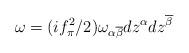
LaTeX: \begin{align*}\omega = (i f_\pi^2/2) \omega_{\alpha\overline{\beta}} dz^\alpha dz^{\overline{\beta}}\end{align*}